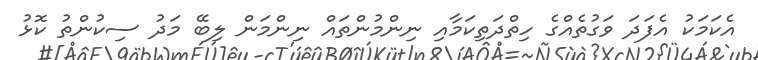
އެކަމަކު އެފަދަ ވަގުތެއްގެ ހިތްދަތިކަމާއި ނިންމުންތައް ނިންމަން ލިބޭ މަދު ސިކުންތު ކޮޅު